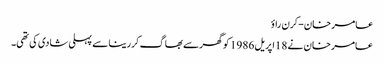
عامر خان-کرن راؤ
عامر خان نے 18اپریل 1986 کو گھرسے بھاگ کررینا سے پہلی شادی کی تھی۔